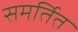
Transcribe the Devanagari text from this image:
समर्तित